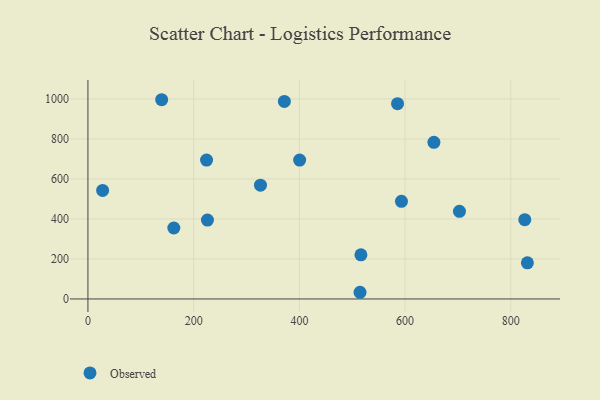
{"axis": {"x": "Investment", "y": "Salary"}, "legend": ["Observed"], "data": [{"x": "224.4", "y": 694.5, "type": "Observed"}, {"x": "826.4", "y": 396.3, "type": "Observed"}, {"x": "831.3", "y": 180.6, "type": "Observed"}, {"x": "226.1", "y": 394.4, "type": "Observed"}, {"x": "371.6", "y": 987.7, "type": "Observed"}, {"x": "702.8", "y": 437.9, "type": "Observed"}, {"x": "516.4", "y": 220.8, "type": "Observed"}, {"x": "585.7", "y": 976.3, "type": "Observed"}, {"x": "326.4", "y": 568.9, "type": "Observed"}, {"x": "400.5", "y": 694.3, "type": "Observed"}, {"x": "654.5", "y": 783.1, "type": "Observed"}, {"x": "593.1", "y": 488.3, "type": "Observed"}, {"x": "162.5", "y": 354.7, "type": "Observed"}, {"x": "139.5", "y": 996.0, "type": "Observed"}, {"x": "514.7", "y": 33.4, "type": "Observed"}, {"x": "27.8", "y": 542.8, "type": "Observed"}]}